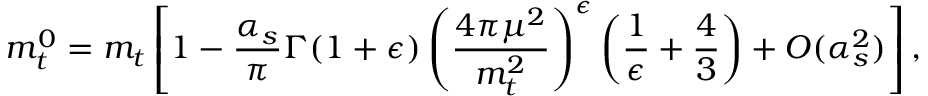
m _ { t } ^ { 0 } = m _ { t } \left[ 1 - \frac { \alpha _ { s } } { \pi } \Gamma ( 1 + \epsilon ) \left( \frac { 4 \pi \mu ^ { 2 } } { m _ { t } ^ { 2 } } \right) ^ { \epsilon } \left( \frac { 1 } { \epsilon } + \frac { 4 } { 3 } \right) + { \cal O } ( \alpha _ { s } ^ { 2 } ) \right] ,